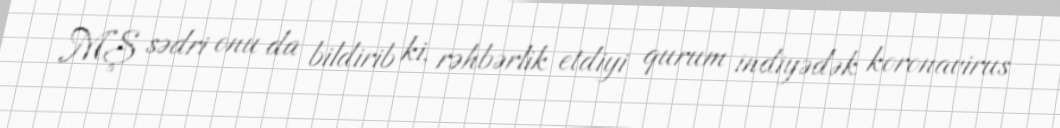
MŞ sədri onu da bildirib ki, rəhbərlik etdiyi qurum indiyədək koronavirus